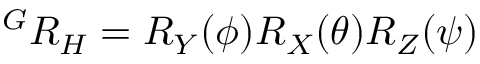
{ { ^ G } R _ { H } } = { R _ { Y } ( \phi ) } { R _ { X } ( \theta ) } { R _ { Z } ( \psi ) }